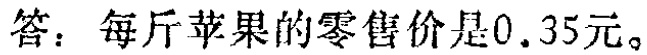
答：每斤苹果的零售价是\(0.35\)元。